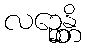
လဉ္ဆေန္တိ